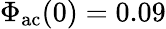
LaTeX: \Phi_{\mathrm{ac}}(0)=0.09